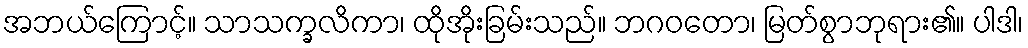
အဘယ်ကြောင့်။ သာသက္ခလိကာ၊ ထိုအိုးခြမ်းသည်။ ဘဂဝတော၊ မြတ်စွာဘုရား၏။ ပါဒါ၊